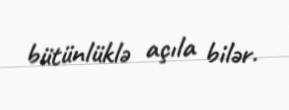
bütünlüklə açıla bilər.